Indian journal of veterinary science and animal husbandry - Volumes 22-23, 1952-1953
Year: 1952
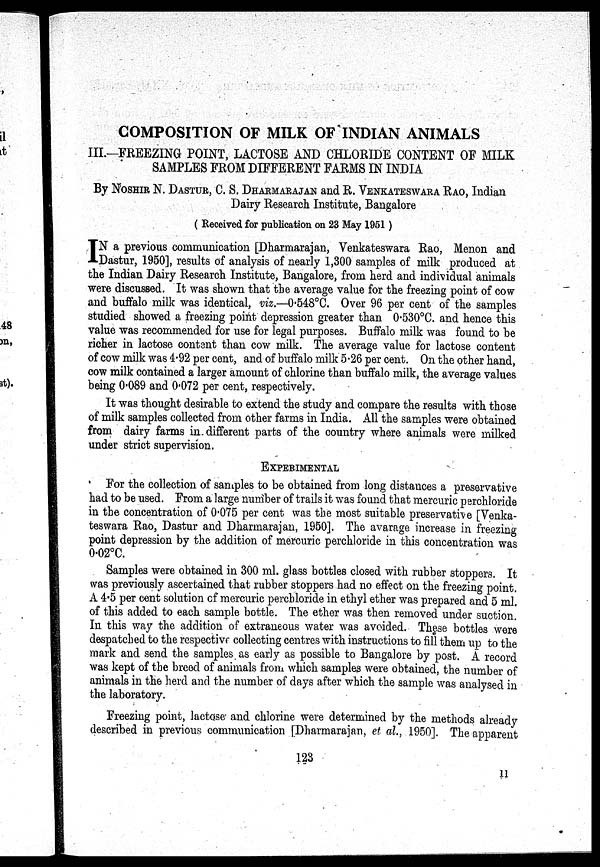
COMPOSITION OF MILK OF INDIAN ANIMALS
III-FREEZING POINT, LACTOSE AND CHLORIDE CONTENT OF MILK
SAMPLES FROM DIFFERENT FARMS IN INDIA
By NOSHIR N. DASTUR, C. S. DHARMARAJAN AND R. VENKATESWARA RAO, Indian
Dairy Research Institute, Bangalore
( Received for publication on 23 May 1951)
I N a previous communication [Dharmarajan, Venkateswara Rao, Menon and
Dastur, 1950], results of analysis of nearly 1,300 samples of milk produced at
the Indian Dairy Research Institute, Bangalore, from herd and individual animals
were discussed. It was shown that the average value for the freezing point of cow
and buffalo milk was identical, viz.—0.548 o C. Over 96 per cent of the samples
studied showed a freezing point depression greater than 0.530°C. and hence this
value was recommended for use for legal purposes. Buffalo milk was found to be
richer in lactose content than cow milk. The average value for lactose content
of cow milk was 4.92 per cent, and of buffalo milk 5.26 per cent. On the other hand,
cow milk contained a larger amount of chlorine than buffalo milk, the average values
being 0.089 and 0.072 per cent, respectively.
It was thought desirable to extend the study and compare the results with those
of milk samples collected from other farms in India. All the samples were obtained
from dairy farms in different parts of the country where animals were milked
under strict supervision.
EXPERIMENTAL
For the collection of samples to be obtained from long distances a preservative
had to be used. From a large number of trails it was found that mercuric perchloride
in the concentration of 0.075 per cent was the most suitable preservative [Venka-
teswara Rao, Dastur and Dharmarajan, 1950]. The avarage increase in freezing
point depression by the addition of mercuric perchloride in this concentration was
0.02°C.
Samples were obtained in 300 ml. glass bottles closed with rubber stoppers. It
was previously ascertained that rubber stoppers had no effect on the freezing point.
A 4.5 per cent solution of mercuric perchloride in ethyl ether was prepared and 5 ml.
of this added to each sample bottle. The ether was then removed under suction.
In this way the addition of extraneous water was avoided. These bottles were
despatched to the respective collecting centres with instructions to fill them up to the
mark and send the samples as early as possible to Bangalore by post. A record
was kept of the breed of animals from which samples were obtained, the number of
animals in the herd and the number of days after which the sample was analysed in
the laboratory.
Freezing point, lactose and chlorine were determined by the methods already
described in previous communication [Dharmarajan, et al., 1950]. The apparent
123
11